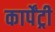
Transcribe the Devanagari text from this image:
कार्पेंट्री